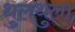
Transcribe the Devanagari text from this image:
थुलथुला